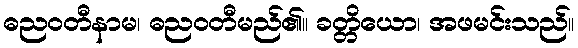
ဓညဝတီနာမ၊ ဓညဝတီမည်၏။ ခတ္တိယော၊ အဖမင်းသည်။